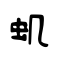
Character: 虮